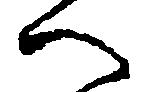
へ